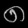
Digit: ၈